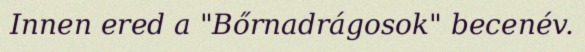
Innen ered a "Bőrnadrágosok" becenév.